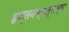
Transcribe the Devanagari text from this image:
हस्तनक्षत्राच्या